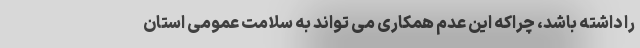
را داشته باشد، چراکه این عدم همکاری می تواند به سلامت عمومی استان